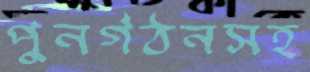
পুনর্গঠনসহ